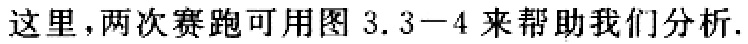
这里，两次赛跑可用图 3.3−4 来帮助我们分析.